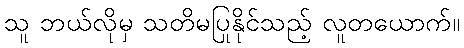
သူ ဘယ်လိုမှ သတိမပြုနိုင်သည့် လူတယောက်။